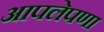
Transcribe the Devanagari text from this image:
आपलेपणा